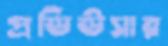
প্রডিউসার